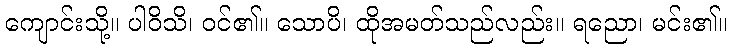
ကျောင်းသို့။ ပါဝိသိ၊ ဝင်၏။ သောပိ၊ ထိုအမတ်သည်လည်း။ ရညော၊ မင်း၏။